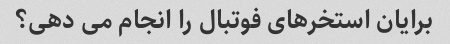
برایان استخرهای فوتبال را انجام می دهی؟